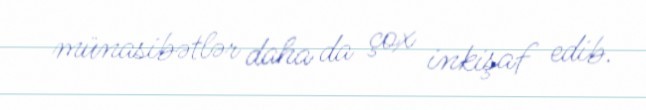
münasibətlər daha da çox inkişaf edib.